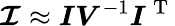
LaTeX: \boldsymbol{\mathcal{I}}\approx\boldsymbol{I}\boldsymbol{V}^{-1}\boldsymbol{I}^{\mathrm{~T~}}